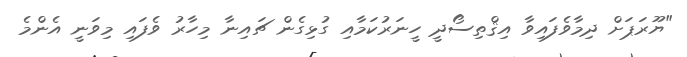
"ޔޫރަޕަށް ދިމާވެފައިވާ އިޤްތިސޯދީ ހީނަރުކަމާއި ގުޅިގެން ޗައިނާ މިހާރު ވެފައި މިވަނީ އެންމެ